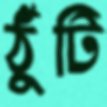
ঠুঁটি